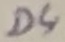
Text: D4